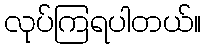
လုပ်ကြရပါတယ်။